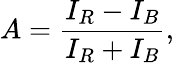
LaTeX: A=\frac{I_{R}-I_{B}}{I_{R}+I_{B}},